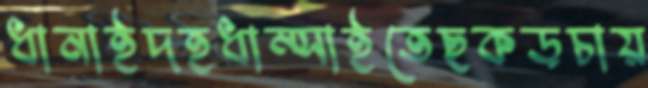
ধানাইদহধাম্‌সাইতেছকড়চায়